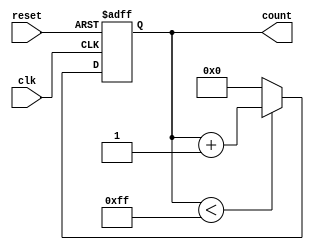
module parameterized_counter #(
    parameter WIDTH = 8,              // Default width of the counter
    parameter MAX_COUNT = (1 << WIDTH) - 1 // Default maximum count value
)(
    input wire clk,                   // Clock input
    input wire reset,                 // Asynchronous reset input
    output reg [WIDTH-1:0] count      // Current count output
);

    // Initialize the count to zero
    initial begin
        count = 0;
    end

    // Counting logic
    always @(posedge clk or posedge reset) begin
        if (reset) begin
            count <= 0;                // Reset the counter to zero
        end else if (count < MAX_COUNT) begin
            count <= count + 1;        // Increment the counter
        end else begin
            count <= 0;                // Wrap around to zero
        end
    end

endmodule